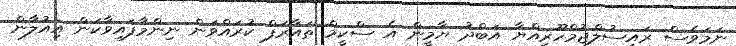
ނަމަވެސް ރައީސުލްޖުމްހޫރިއްޔާ އަބްދު ޔާމީން އެ ސްކީމް ތައާރަފް ކުރައްވަން ނިންމާފައިވާކަން އިއުލާން